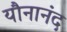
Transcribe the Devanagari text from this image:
यौनानंद